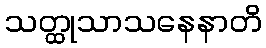
သတ္ထုသာသနေနာတိ